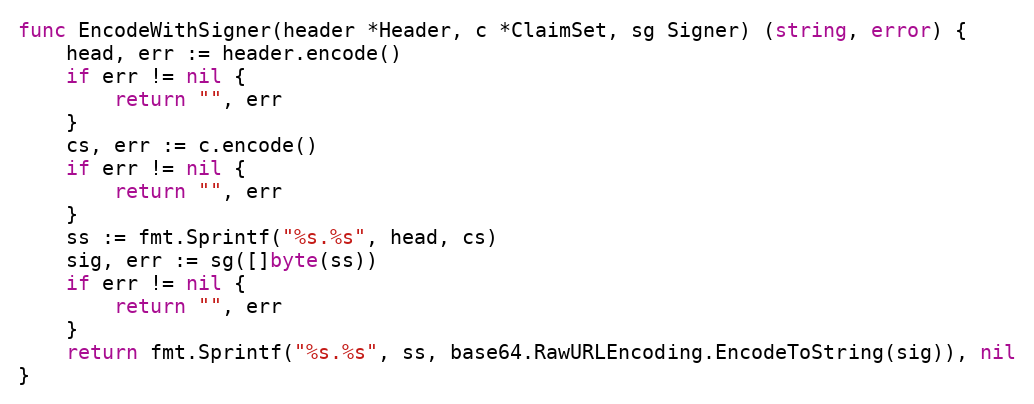
Language: Go
func EncodeWithSigner(header *Header, c *ClaimSet, sg Signer) (string, error) {
	head, err := header.encode()
	if err != nil {
		return "", err
	}
	cs, err := c.encode()
	if err != nil {
		return "", err
	}
	ss := fmt.Sprintf("%s.%s", head, cs)
	sig, err := sg([]byte(ss))
	if err != nil {
		return "", err
	}
	return fmt.Sprintf("%s.%s", ss, base64.RawURLEncoding.EncodeToString(sig)), nil
}